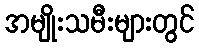
အမျိုးသမီးများတွင်